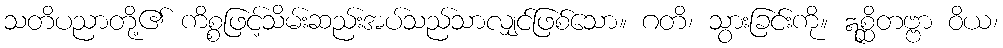
သတိပညာတို့၏ ကိစ္စဖြင့်သိမ်းဆည်းအပ်သည်သာလျှင်ဖြစ်သော။ ဂတိ၊ သွားခြင်းကို။ ဣစ္ဆိတဗ္ဗာ ဝိယ၊